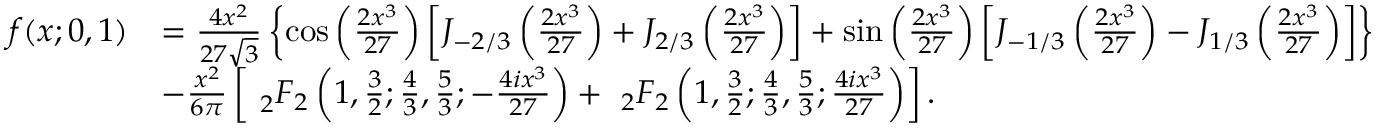
{ \begin{array} { r l } { f ( x ; 0 , 1 ) } & { = { \frac { 4 x ^ { 2 } } { 2 7 { \sqrt { 3 } } } } \left\{ \cos \left( { \frac { 2 x ^ { 3 } } { 2 7 } } \right) \left[ J _ { - 2 / 3 } \left( { \frac { 2 x ^ { 3 } } { 2 7 } } \right) + J _ { 2 / 3 } \left( { \frac { 2 x ^ { 3 } } { 2 7 } } \right) \right] + \sin \left( { \frac { 2 x ^ { 3 } } { 2 7 } } \right) \left[ J _ { - 1 / 3 } \left( { \frac { 2 x ^ { 3 } } { 2 7 } } \right) - J _ { 1 / 3 } \left( { \frac { 2 x ^ { 3 } } { 2 7 } } \right) \right] \right\} } \\ & { - { \frac { x ^ { 2 } } { 6 \pi } } \left[ ~ _ { 2 } F _ { 2 } \left( 1 , { \frac { 3 } { 2 } } ; { \frac { 4 } { 3 } } , { \frac { 5 } { 3 } } ; - { \frac { 4 i x ^ { 3 } } { 2 7 } } \right) + ~ _ { 2 } F _ { 2 } \left( 1 , { \frac { 3 } { 2 } } ; { \frac { 4 } { 3 } } , { \frac { 5 } { 3 } } ; { \frac { 4 i x ^ { 3 } } { 2 7 } } \right) \right] . } \end{array} }